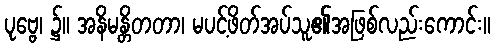
ပုဗ္ဗေ၊ ၌။ အနိမန္တိတတာ၊ မပင့်ဖိတ်အပ်သူ၏အဖြစ်လည်းကောင်း။